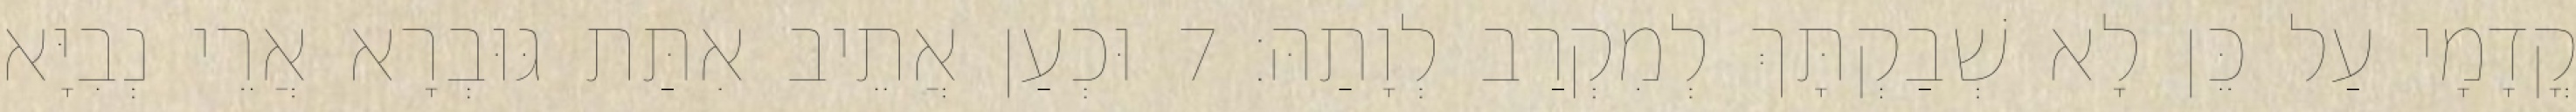
קֳדָמָי עַל כֵּן לָא שְׁבַקְתָּךְ לְמִקְרַב לְוָתַהּ׃ 7 וּכְעַן אֲתֵיב אִתַּת גּוּבְרָא אֲרֵי נְבִיָּא